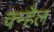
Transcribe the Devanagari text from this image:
क्म्हैल